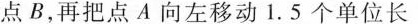
点B，再把点A向左移动1.5个单位长